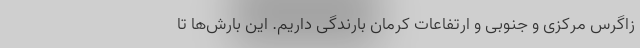
زاگرس مرکزی و جنوبی و ارتفاعات کرمان بارندگی داریم. این بارش‌ها تا